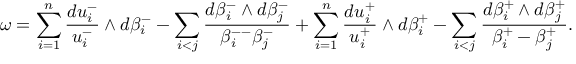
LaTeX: \omega = \sum _ { i = 1 } ^ { n } \frac { d u _ { i } ^ { - } } { u _ { i } ^ { - } } \wedge d \beta _ { i } ^ { - } - \sum _ { i < j } \frac { d \beta _ { i } ^ { - } \wedge d \beta _ { j } ^ { - } } { \beta _ { i } ^ { -- } \beta _ { j } ^ { - } } + \sum _ { i = 1 } ^ { n } \frac { d u _ { i } ^ { + } } { u _ { i } ^ { + } } \wedge d \beta _ { i } ^ { + } - \sum _ { i < j } \frac { d \beta _ { i } ^ { + } \wedge d \beta _ { j } ^ { + } } { \beta _ { i } ^ { + } - \beta _ { j } ^ { + } } .